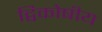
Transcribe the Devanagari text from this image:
द्विकोषीय